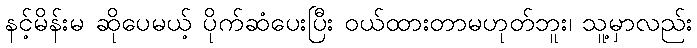
နင့်မိန်းမ ဆိုပေမယ့် ပိုက်ဆံပေးပြီး ဝယ်ထားတာမဟုတ်ဘူး၊ သူ့မှာလည်း